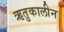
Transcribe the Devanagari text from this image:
ऋतुकालीन